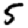
Digit: 5